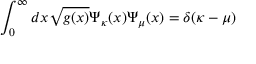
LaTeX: \int _ { 0 } ^ { \infty } d x \sqrt { g ( x ) } \Psi _ { \kappa } ( x ) \Psi _ { \mu } ( x ) = \delta ( \kappa - \mu )